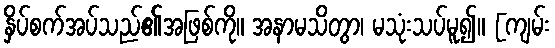
နှိပ်စက်အပ်သည်၏အဖြစ်ကို။ အနာမသိတွာ၊ မသုံးသပ်မူ၍။ [ကျမ်း